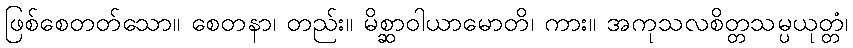
ဖြစ်စေတတ်သော။ စေတနာ၊ တည်း။ မိစ္ဆာဝါယာမောတိ၊ ကား။ အကုသလစိတ္တသမ္ပယုတ္တံ၊